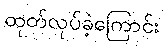
ထုတ်လုပ်ခဲ့ကြောင်း